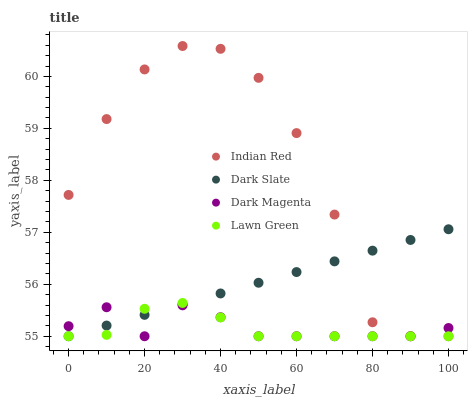
| xaxis_label | Indian Red | Dark Slate | Dark Magenta | Lawn Green |
 | --- | --- | --- | --- | --- |
 | 0 | 57.7 | 55 | 55.2 | 55 |
 | 10 | 59.2 | 55.2 | 55.6 | 55 |
 | 20 | 60.1 | 55.4 | 55 | 55.5 |
 | 30 | 60.6 | 55.6 | 55.6 | 55.6 |
 | 40 | 60.5 | 55.8 | 55.4 | 55.4 |
 | 50 | 60 | 56 | 55 | 55 |
 | 60 | 58.9 | 56.2 | 55 | 55 |
 | 70 | 57.3 | 56.4 | 55 | 55 |
 | 80 | 55.3 | 56.6 | 55 | 55 |
 | 90 | 55 | 56.9 | 55 | 55 |
 | 100 | 55 | 57.1 | 55.2 | 55 |